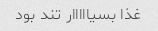
غذا بسیااااار تند بود